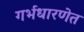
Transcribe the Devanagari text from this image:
गर्भधारणेत